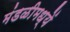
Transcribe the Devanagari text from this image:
मंडळीमध्यें